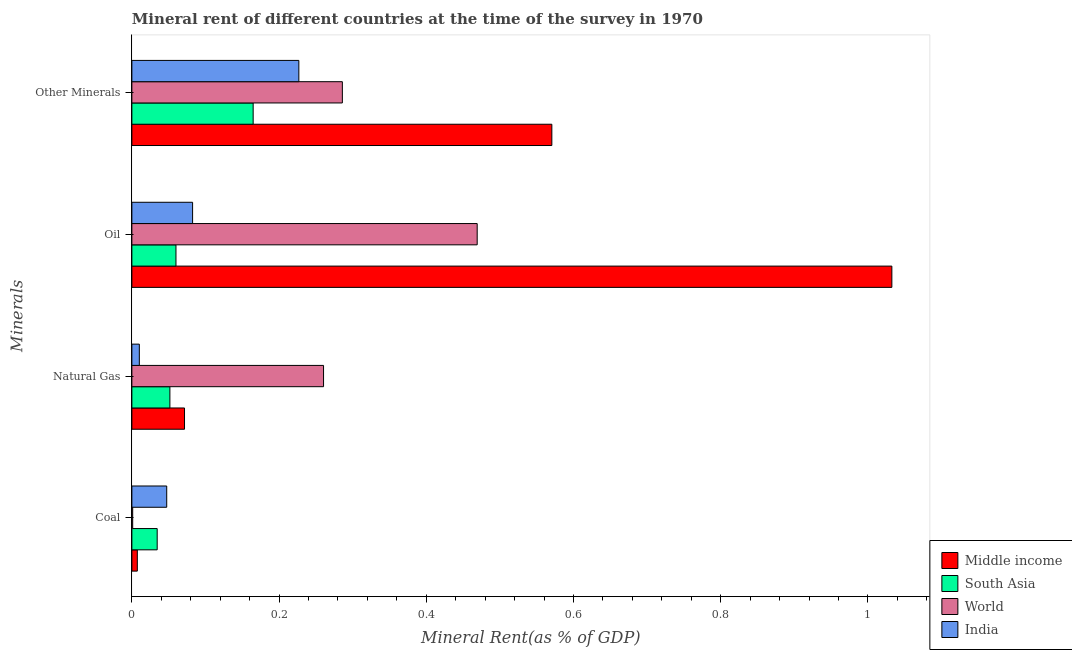
| Minerals | Middle income | South Asia | World | India |
 | --- | --- | --- | --- | --- |
 | Coal | 0.00742 | 0.0344 | 0.0011 | 0.0473 |
 | Natural Gas | 0.0715 | 0.0516 | 0.26 | 0.0101 |
 | Oil | 1.03 | 0.0599 | 0.469 | 0.0825 |
 | Other Minerals | 0.571 | 0.165 | 0.286 | 0.227 |